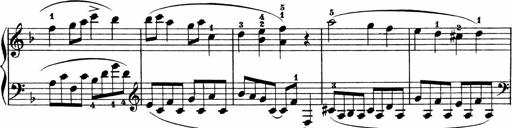
Title: 2 instructive Sonatinen
Composer: Paul Schumacher